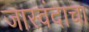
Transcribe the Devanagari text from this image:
जास्वंदाचा